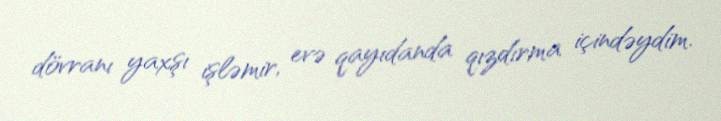
dövranı yaxşı işləmir, evə qayıdanda qızdırma içindəydim.